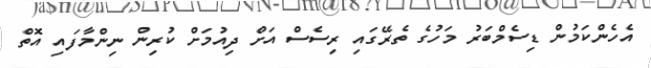
އެހެންކަމުން ޑިސެމްބަރު މަހުގެ ތެރޭގައި ރިސެސް އަށް ދިއުމަށް ކުރިން ނިންމާފައި އޮތް